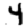
Digit: 4